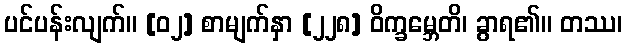
ပင်ပန်းလျက်။ [၀၂] စာမျက်နှာ [၂၂၈] ဝိက္ခမ္ဘေတိ၊ ခွာရ၏။ တဿ၊